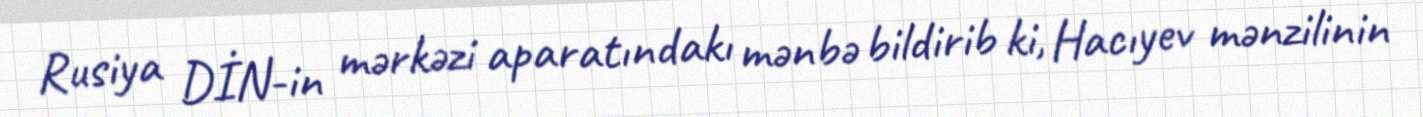
Rusiya DİN-in mərkəzi aparatındakı mənbə bildirib ki, Hacıyev mənzilinin